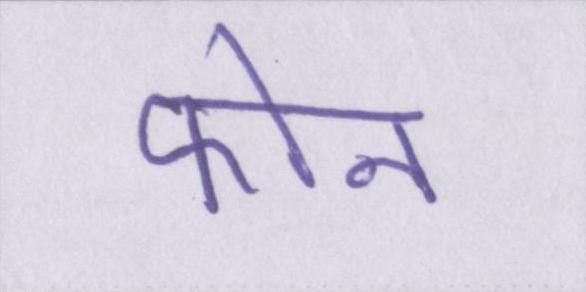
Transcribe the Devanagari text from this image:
फोन